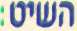
השיט